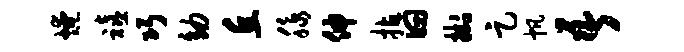
燎禧巧幼丘脉伸拈曰挂足帆吾